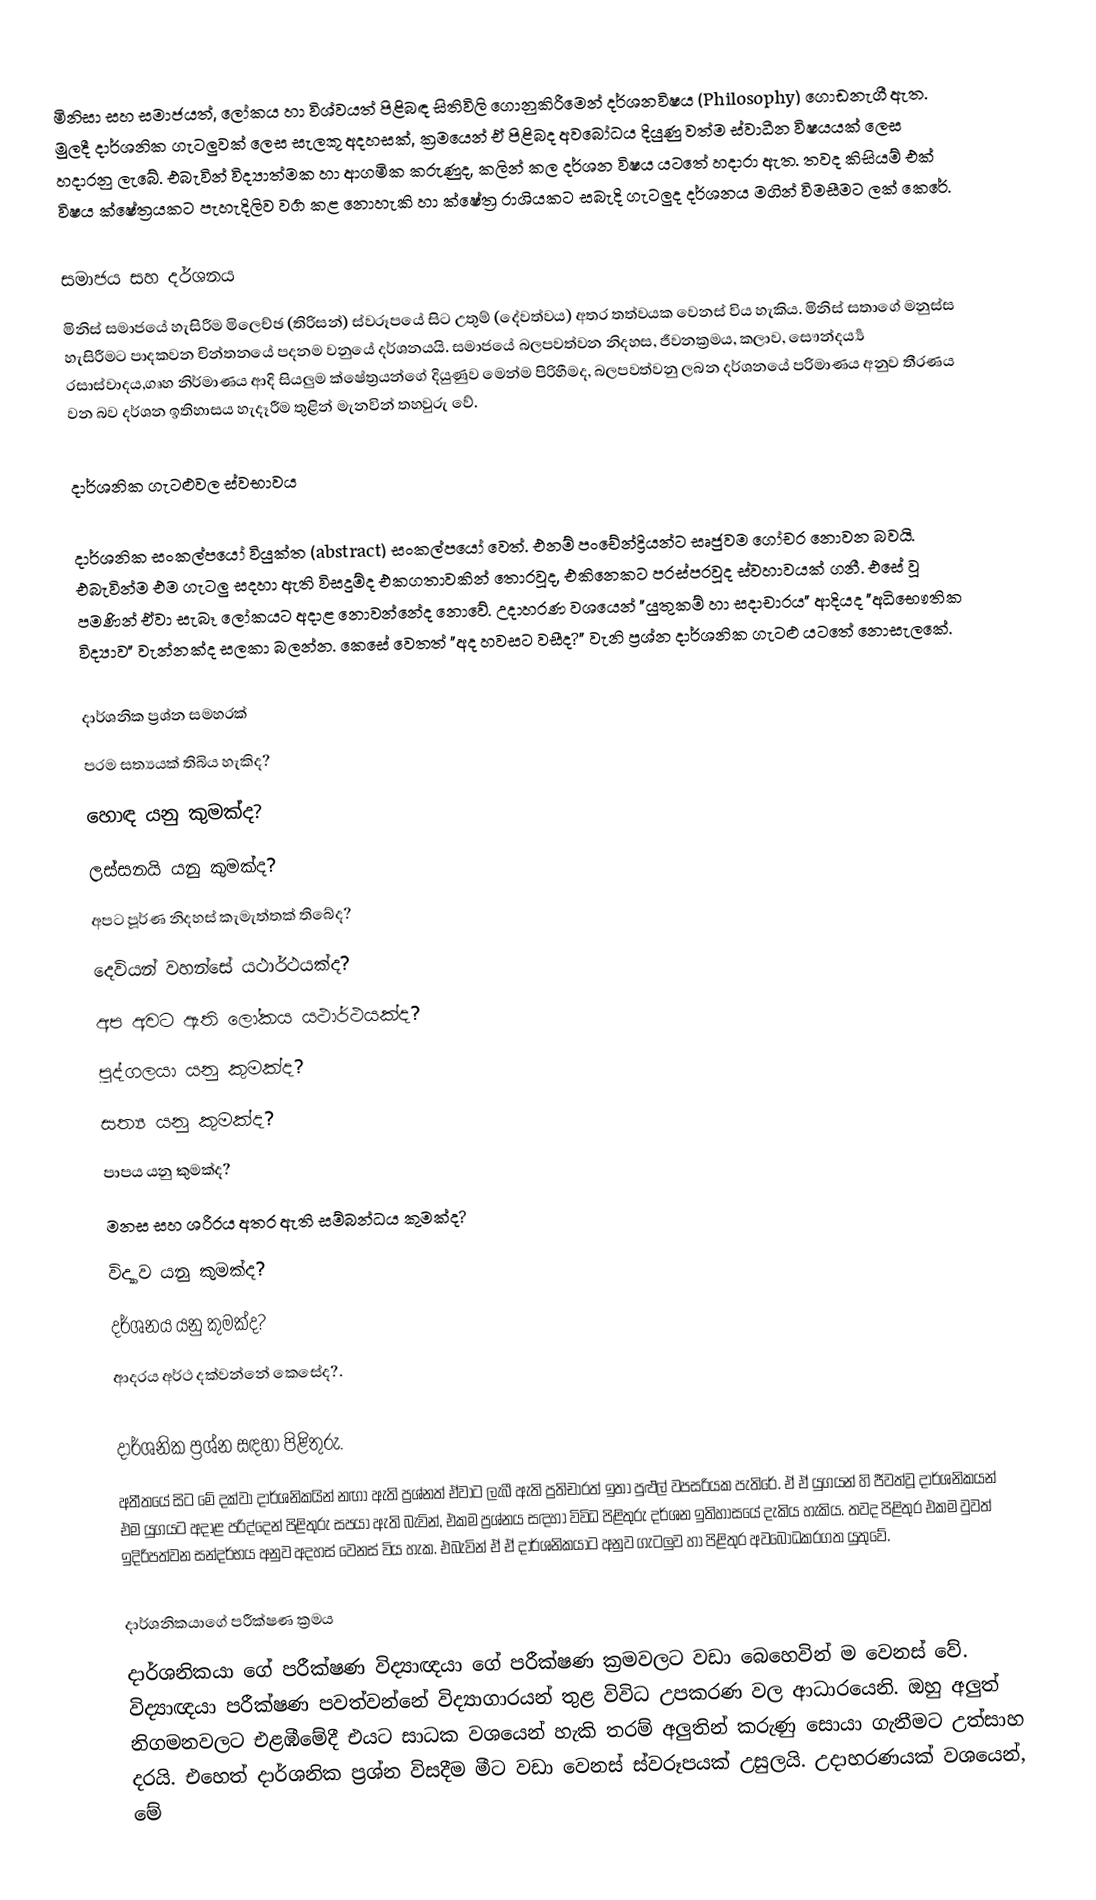
මිනිසා සහ සමාජයත්, ලෝකය හා විශ්වයත් පිළිබඳ සිතිවිලි ගොනුකිරී‍මෙන් දර්ශනවිෂය (Philosophy) ගොඩනැගී ඇත. මුලදී දාර්ශනික ගැටලුවක් ලෙස සැලකූ අදහසක්, ක්‍රමයෙන් ඒ පිළිබද අවබෝධය දියුණු වත්ම ස්වාධීන විෂයයක් ලෙස හදාරනු ලැබේ. එබැවින් විද්‍යාත්මක හා ආගමික කරුණුද, කලින් කල දර්ශන විෂය යටතේ හදාරා ඇත. තවද කිසියම් එක් විෂය ක්ෂේත්‍රයකට පැහැදිලිව වර්‍ග කළ නොහැකි හා ක්ෂේත්‍ර රාශියකට සබැදි ගැටලුද දර්ශනය මගින් විමසීමට ලක් කෙරේ.

සමාජය සහ දර්ශනය
මිනිස් සමාජයේ හැසිරීම මිලෙච්ඡ (තිරිසන්) ස්වරූපයේ සිට උතුම් (දේවත්වය) අතර තත්වයක වෙනස් විය හැකිය. මිනිස් සතාගේ මනුස්ස හැසිරීමට පාදකවන චින්තනයේ පදනම වනුයේ දර්ශනයයි. සමාජයේ බලපවත්වන  නිදහස, ජීවනක්‍රමය, කලාව, සෞන්දර්‍ය්‍ය රසාස්වාදය,ගෘහ නිර්මාණය ආදි සියලුම ක්ෂේත්‍රයන්ගේ දියුණුව මෙන්ම පිරිහීමද, බලපවත්වනු ලබන දර්ශනයේ පරිමාණය අනුව තීරණය වන බව දර්ශන ඉතිහාසය හැදෑරීම තුළින් මැනවින් තහවුරු වේ.

දාර්ශනික ගැටළුවල ස්වභාවය

දාර්ශනික සංකල්පයෝ වියුක්ත (abstract) සංකල්පයෝ වෙත්. එනම් පංචේන්ද්‍රියන්ට සෘජුවම ගෝචර නොවන බවයි. එබැවින්ම එම ගැටලු සදහා ඇති විසදුම්ද එකගතාවකින් තොරවූද, එකිනෙකට පරස්පරවූද ස්වහාවයක් ගනී. එසේ වූ පමණින් ඒවා සැබෑ ලෝකයට අදාළ නොවන්නේද නොවේ. උදාහරණ වශයෙන් "යුතුකම් හා සදාචාරය" ආදියද "අධිභෞතික විද්‍යාව" වැන්නක්ද සලකා බලන්න. කෙසේ වෙතත් "අද හවසට වසීද?" වැනි ප්‍රශ්න දාර්ශනික ගැටළු යටතේ නොසැලකේ.

දාර්ශනික ප්‍රශ්න සමහරක්
     පරම සත්‍යයක් තිබිය හැකිද?
     හොඳ යනු කුමක්ද?
     ලස්සනයි යනු කුමක්ද?
     අපට පූර්ණ නිදහස් කැමැත්තක් තිබේද?
     දෙවියන් වහන්සේ යථාර්ථයක්ද?
     අප අවට ඇති ලෝකය යථාර්ථයක්ද?
     පුද්ගලයා යනු කුමක්ද?
     සත්‍ය යනු කුමක්ද?
     පාපය යනු කුමක්ද?
     මනස සහ ශරීරය අතර ඇති සම්බන්ධය කුමක්ද?
     විද්‍යාව යනු කුමක්ද?
     දර්ශනය යනු කුමක්ද?
     ආදරය අර්ථ දක්වන්නේ කෙසේද?.

දාර්ශනික ප්‍රශ්න සඳහා පිළිතුරු.
අතීතයේ සිට මේ දක්වා දාර්ශනිකයින් නඟා ඇති ප්‍රශ්නත්  ඒවාට ලැබී ඇති ප්‍රතිචාරත් ඉතා පුළුල් වපසරියක පැතිරේ. ඒ ඒ යුගයන් හි ජීවත්වූ දාර්ශනිකයන් එම යුගයට අදාළ පරිද්දෙන් පිළිතුරු සපයා ඇති බැවින්, එකම ප්‍රශ්නය සඳහා විවිධ පිළිතුරු දර්ශන ඉතිහාසයේ දැකිය හැකිය. තවද පිළිතුර එකම වුවත් ඉදිරිපත්වන සන්දර්භය අනුව අදහස් වෙනස් විය හැක. එබැවින් ඒ ඒ දාර්ශනිකයාට අනුව ගැටලුව හා පිළිතුර අවබෝධකරගත යුතුවේ.

දාර්ශනිකයාගේ පරීක්ෂණ ක්‍රමය
දාර්ශනිකයා ගේ පරීක්ෂණ විද්‍යාඥයා ගේ පරීක්ෂණ ක්‍රමවලට වඩා බෙහෙවින් ම වෙනස් වේ. විද්‍යාඥයා පරීක්ෂණ පවත්වන්නේ විද්‍යාගාරයන් තුළ විවිධ උපකරණ වල ආධාරයෙනි. ඔහු අලුත් නිගමනවලට එළඹීමේදී එයට සාධක වශයෙන් හැකි තරම් අලුතින් කරුණු සොයා ගැනීමට උත්සාහ දරයි. එහෙත් දාර්ශනික ප්‍රශ්න විසදීම මීට වඩා වෙනස් ස්වරූපයක් උසුලයි. උදාහරණයක් වශයෙන්, මේ